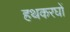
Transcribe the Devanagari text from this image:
हथकरघों